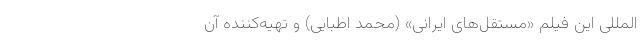
‌المللی این فیلم «مستقل‌های ایرانی» (محمد اطبایی) و تهیه‌کننده آن